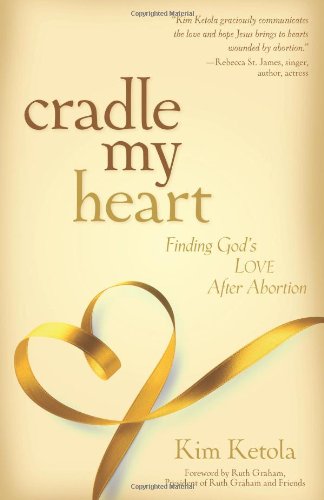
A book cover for Cradle My Heart: Finding God's Love After Abortion; Kim Ketola; Politics & Social Sciences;